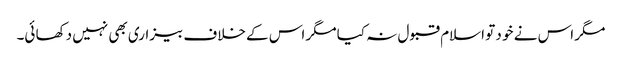
مگر اس نے خو د تو اسلام قبو ل نہ کیا مگر اس کے خلاف بیزاری بھی نہیں دکھا ئی۔